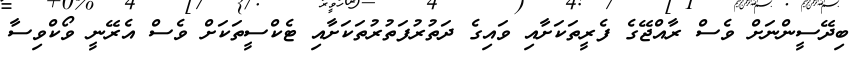
ބިދޭސީންނަށް ވެސް ރާއްޖޭގެ ފެރީތަކަށާއި ވައިގެ ދަތުރުފަތުރުތަކަށާއި ޓެކްސީތަކަށް ވެސް އެރޭނީ ވޯކްވިސާ